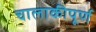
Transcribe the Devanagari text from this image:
चालाकीपूर्ण